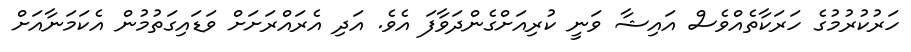
ހަރުކުރުމުގެ ހަރަކާތެއްވެސް އައިޝާ ވަނީ ކުރިއަށްގެންދަވާފަ އެވެ. އަދި އެރައްރަށަށް ވަޑައިގަތުމުން އެކަމަނާއަށް